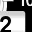
Digit: 2